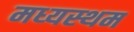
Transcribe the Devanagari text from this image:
मध्‍यस्‍थम